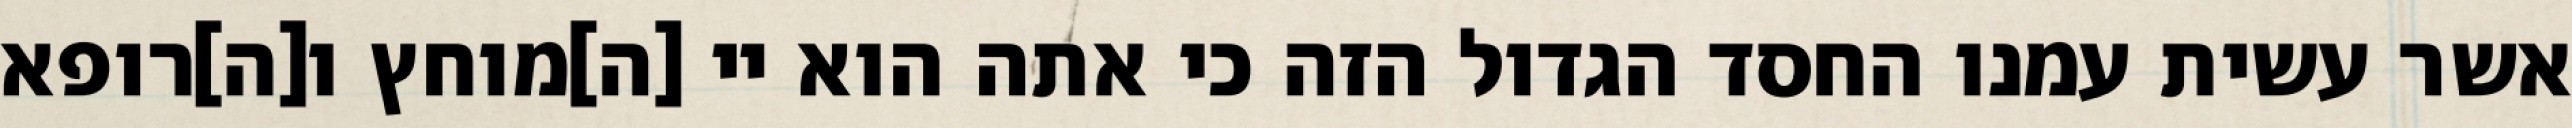
אשר עשית עמנו החסד הגדול הזה כי אתה הוא יי [ה]מוחץ ו[ה]רופא